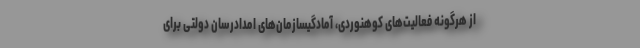
از هرگونه فعالیت‌های کوهنوردی، آمادگیسازمان‌های امدادرسان دولتی برای